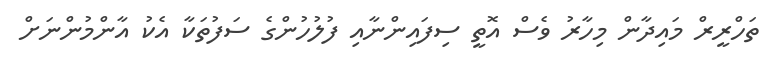
ތަހްރީރް މައިދާން މިހާރު ވެސް އޮތީ ސިފައިންނާއި ފުލުހުންގެ ސަފުތަކާ އެކު އާންމުންނަށް